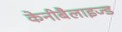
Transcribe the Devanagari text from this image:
केनीबैलाइज्ड